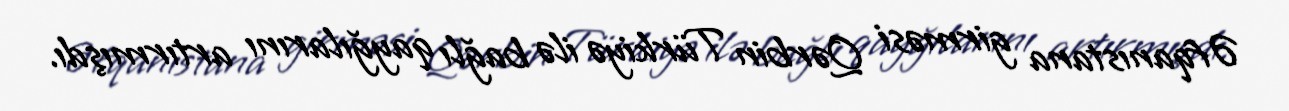
Əfqanıstana girməsi Qərbin Türkiyə ilə bağlı qayğılarını artırmışdı.